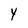
Character: Y